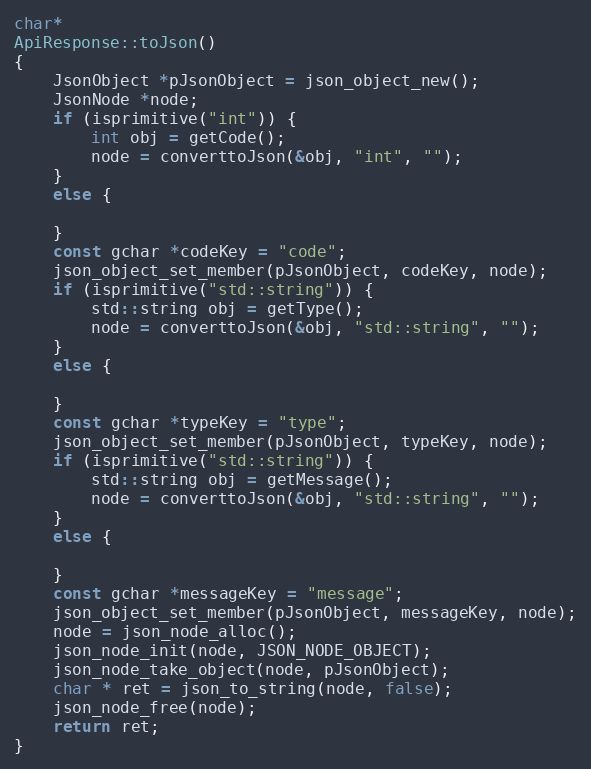
Language: C++
char*
ApiResponse::toJson()
{
	JsonObject *pJsonObject = json_object_new();
	JsonNode *node;
	if (isprimitive("int")) {
		int obj = getCode();
		node = converttoJson(&obj, "int", "");
	}
	else {

	}
	const gchar *codeKey = "code";
	json_object_set_member(pJsonObject, codeKey, node);
	if (isprimitive("std::string")) {
		std::string obj = getType();
		node = converttoJson(&obj, "std::string", "");
	}
	else {

	}
	const gchar *typeKey = "type";
	json_object_set_member(pJsonObject, typeKey, node);
	if (isprimitive("std::string")) {
		std::string obj = getMessage();
		node = converttoJson(&obj, "std::string", "");
	}
	else {

	}
	const gchar *messageKey = "message";
	json_object_set_member(pJsonObject, messageKey, node);
	node = json_node_alloc();
	json_node_init(node, JSON_NODE_OBJECT);
	json_node_take_object(node, pJsonObject);
	char * ret = json_to_string(node, false);
	json_node_free(node);
	return ret;
}